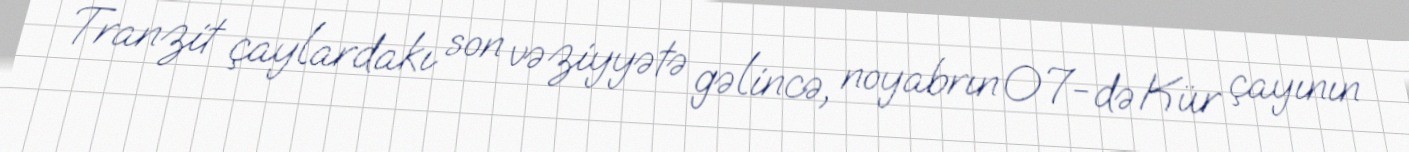
Tranzit çaylardakı son vəziyyətə gəlincə, noyabrın 07-də Kür çayının